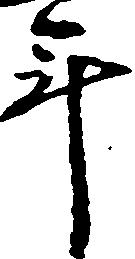
年